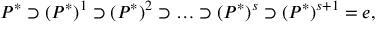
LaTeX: P ^ { * } \supset ( P ^ { * } ) ^ { 1 } \supset ( P ^ { * } ) ^ { 2 } \supset \ldots \supset ( P ^ { * } ) ^ { s } \supset ( P ^ { * } ) ^ { s + 1 } = e ,